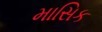
માસિક